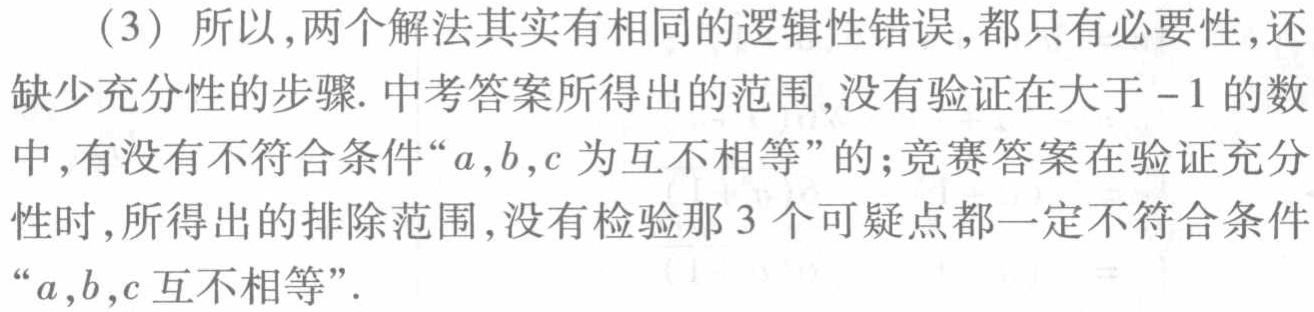
（3）所以,两个解法其实有相同的逻辑性错误,都只有必要性,还缺少充分性的步骤. 中考答案所得出的范围,没有验证在大于$-1$的数中,有没有不符合条件“\(a,b,c\)为互不相等”的;竞赛答案在验证充分性时,所得出的排除范围,没有检验那\(3\)个可疑点都一定不符合条件“\(a,b,c\)互不相等”.